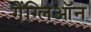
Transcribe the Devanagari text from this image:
गैंग्लिऑन